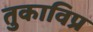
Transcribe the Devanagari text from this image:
तुकाविप्र